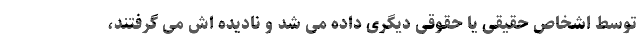
توسط اشخاص حقیقی یا حقوقی دیگری داده می شد و نادیده اش می گرفتند،